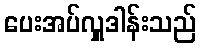
ပေးအပ်လှူဒါန်းသည်